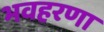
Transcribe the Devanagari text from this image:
भवहरणा